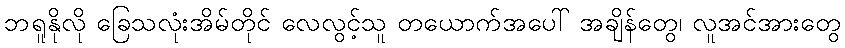
ဘရူနိုလို ခြေသလုံးအိမ်တိုင် လေလွင့်သူ တယောက်အပေါ် အချိန်တွေ၊ လူအင်အားတွေ